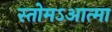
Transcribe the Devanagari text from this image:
स्तोमऽआत्मा